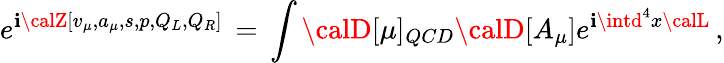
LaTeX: e^{\mathbf{i}{\calZ}[v_{\mu},a_{\mu},s,p,Q_{L},Q_{R}]}\, =\, \int{\calD}[\mu]_{QCD}{\calD}[A_{\mu}]e^{\mathbf{i}\intd^{4}x{\calL}}\, ,